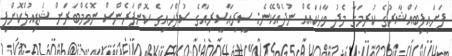
ފަށައިފިބައްޝާރުގެ ކުރިމަގާ މެދު ވާހަކައެއް ނުދެއްކޭނެ: ސީރިއާސީރިއާގެ ސުލްހައިގެ ކޮންފަރެންސް ނޮވެމްބަރަށް ޝެޑިއުލްކޮށްފި